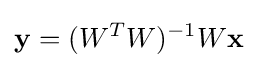
\mathbf {y} =(W^{T}W)^{-1}W\mathbf {x}